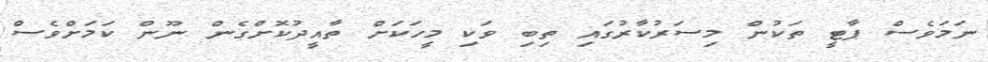
ނަމަވެސް ޕާޓީ ތަކުން މިސަރުކާރުގައި ތިބި ވަކި މީހަކަށް ތާއީދުކޮށްގެން ނޫން ކަމަށްވެސް